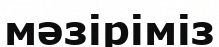
мәзіріміз